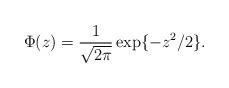
LaTeX: \begin{align*} \Phi (z)= \frac{1}{\sqrt{2 \pi}} \exp \{- z^2/2\}.\end{align*}